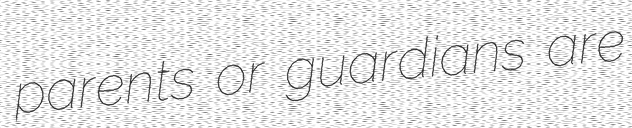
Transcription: parents or guardians are